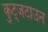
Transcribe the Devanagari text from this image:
कुट्जटाउन